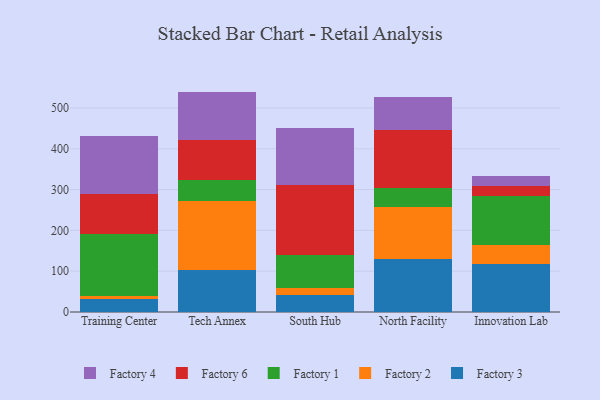
{"axis": {"x": "Campus", "y": "Satisfaction Score"}, "legend": ["Factory 1", "Factory 2", "Factory 3", "Factory 4", "Factory 6"], "data": [{"x": "Training Center", "y": 31.8, "type": "Factory 3"}, {"x": "Training Center", "y": 8.5, "type": "Factory 2"}, {"x": "Training Center", "y": 151.0, "type": "Factory 1"}, {"x": "Training Center", "y": 97.4, "type": "Factory 6"}, {"x": "Training Center", "y": 141.9, "type": "Factory 4"}, {"x": "Tech Annex", "y": 103.8, "type": "Factory 3"}, {"x": "Tech Annex", "y": 168.0, "type": "Factory 2"}, {"x": "Tech Annex", "y": 52.2, "type": "Factory 1"}, {"x": "Tech Annex", "y": 97.0, "type": "Factory 6"}, {"x": "Tech Annex", "y": 119.0, "type": "Factory 4"}, {"x": "South Hub", "y": 41.3, "type": "Factory 3"}, {"x": "South Hub", "y": 17.5, "type": "Factory 2"}, {"x": "South Hub", "y": 81.8, "type": "Factory 1"}, {"x": "South Hub", "y": 170.0, "type": "Factory 6"}, {"x": "South Hub", "y": 139.2, "type": "Factory 4"}, {"x": "North Facility", "y": 130.6, "type": "Factory 3"}, {"x": "North Facility", "y": 126.4, "type": "Factory 2"}, {"x": "North Facility", "y": 46.7, "type": "Factory 1"}, {"x": "North Facility", "y": 142.4, "type": "Factory 6"}, {"x": "North Facility", "y": 81.8, "type": "Factory 4"}, {"x": "Innovation Lab", "y": 116.7, "type": "Factory 3"}, {"x": "Innovation Lab", "y": 46.5, "type": "Factory 2"}, {"x": "Innovation Lab", "y": 120.9, "type": "Factory 1"}, {"x": "Innovation Lab", "y": 24.5, "type": "Factory 6"}, {"x": "Innovation Lab", "y": 25.2, "type": "Factory 4"}]}